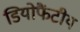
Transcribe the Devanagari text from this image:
डियोफैंटीय